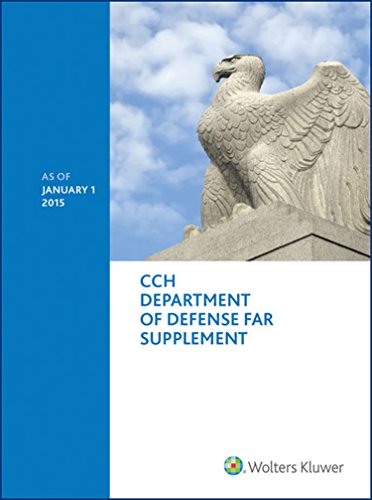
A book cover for Department of Defense FAR Supplement (DFARS) - as of January 1, 2015; Wolters Kluwer Law and Business; Business & Money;